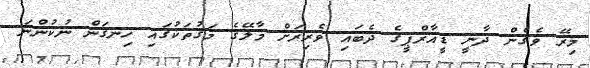
މިރޭ ވެގެން ދާނީ ޑީއާރްޕީގެ ދެބައި ވެރިރަށް މާލޭގެ މަގުތަކުގައި ހިނގަން ނުކުންނަ